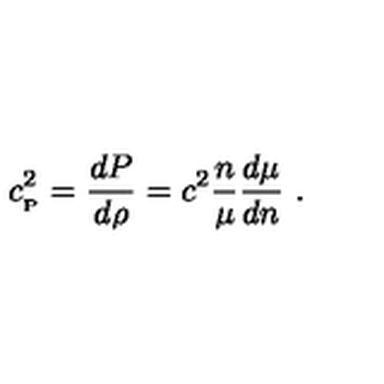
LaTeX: c _ { _ \mathrm { P } } ^ { 2 } = { \frac { d P } { d \rho } } = c ^ { 2 } { \frac { n } { \mu } } { \frac { d \mu } { d n } } \ .